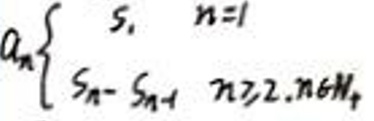
a_{n}=\begin{cases}
S_{1}, & n = 1 \\
S_{n}-S_{n - 1}, & n\geq2,n\in N_{+}
\end{cases}